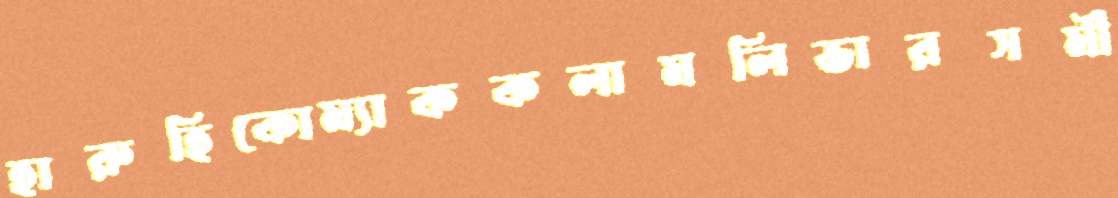
হারুহিকোম্যাককলামলিভারসমী